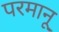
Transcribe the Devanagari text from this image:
परमानू